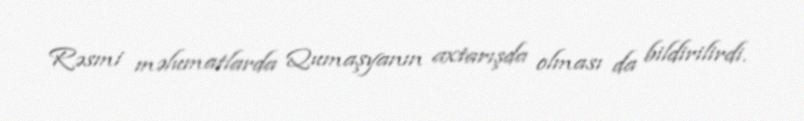
Rəsmi məlumatlarda Qumaşyanın axtarışda olması da bildirilirdi.